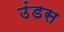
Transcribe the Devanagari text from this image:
उंडस